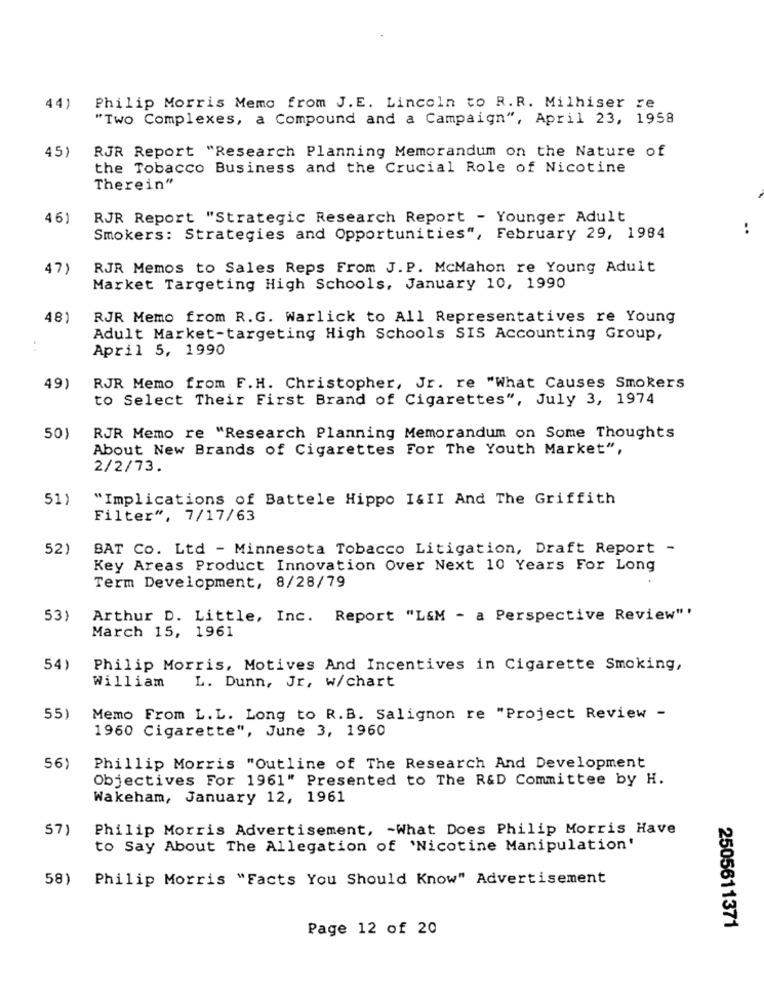
44)
Philip Morris Memo from J.E. Lincoln to R.R. Milhiser re
"Two Complexes, a Compound and a Campaign", April 23, 1958
RJR Report "Research Planning Memorandum on the Nature of
45)
the Tobacco Business and the Crucial Role of Nicotine
Therein"
46)
RJR Report "Strategic Research Report - Younger Adult
..
Smokers: Strategies and Opportunities", February 29, 1984
47)
RJR Memos to Sales Reps From J.P. McMahon re Young Adult
Market Targeting High Schools, January 10, 1990
48)
RJR Memo from R.G. Warlick to All Representatives re Young
Adult Market-targeting High Schools SIS Accounting Group,
April 5, 1990
49)
RJR Memo from F.H. Christopher, Jr. re "What Causes Smokers
to Select Their First Brand of Cigarettes", July 3, 1974
50)
RJR Memo re "Research Planning Memorandum on Some Thoughts
About New Brands of Cigarettes For The Youth Market",
2/2/73.
51)
"Implications of Battele Hippo I&II And The Griffith
Filter", 7/17/63
52)
BAT Co. Ltd - Minnesota Tobacco Litigation, Draft Report -
Key Areas Product Innovation Over Next 10 Years For Long
Term Development, 8/28/79
531
Arthur D. Little, Inc. Report "L&M - a Perspective Review"'
March 15, 1961
54)
Philip Morris, Motives And Incentives in Cigarette Smoking,
William
L. Dunn, Jr, w/chart
55)
Memo From L.L. Long to R.B. Salignon re "Project Review -
1960 Cigarette", June 3, 1960
56)
Phillip Morris "Outline of The Research And Development
Objectives For 1961" Presented to The R&D Committee by H.
Wakeham, January 12, 1961
57)
Philip Morris Advertisement, - What Does Philip Morris Have
to Say About The Allegation of 'Nicotine Manipulation'
58)
Philip Morris "Facts You Should Know" Advertisement
Page 12 of 20
2505611371